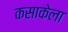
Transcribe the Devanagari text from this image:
कसाकेला